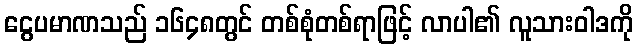
ငွေပမာဏသည် ၁၆၄၈တွင် တစ်စုံတစ်ရာဖြင့် လာပါ၏ လူသားဝါဒကို